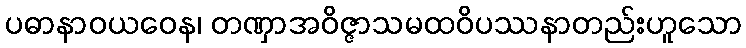
ပဓာနာဝယဝေန၊ တဏှာအဝိဇ္ဇာသမထဝိပဿနာတည်းဟူသော